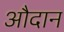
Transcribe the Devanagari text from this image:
औदान